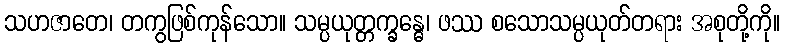
သဟဇာတေ၊ တကွဖြစ်ကုန်သော။ သမ္ပယုတ္တက္ခန္ဓေ၊ ဖဿ စသောသမ္ပယုတ်တရား အစုတို့ကို။